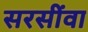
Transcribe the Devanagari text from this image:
सरसींवा